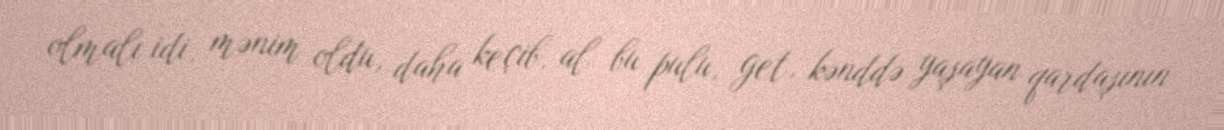
olmalı idi, mənim oldu, daha keçib, al bu pulu, get, kənddə yaşayan qardaşının